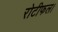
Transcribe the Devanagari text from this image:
रोटीफल।